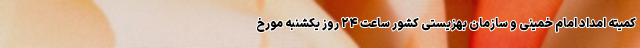
کمیته امداد امام خمینی و سازمان بهزیستی کشور ساعت ۲۴ روز یکشنبه مورخ